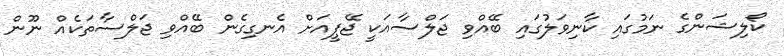
ކޯލިޝަންގެ ނަމުގައި ކާނިވަލުގައި ބޭއްވި ޖަލްސާއަކީ ޖޭޕީއަށް އެނގިގެން ބޭއްވި ޖަލްސާތަކެއް ނޫން